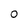
Character: 0